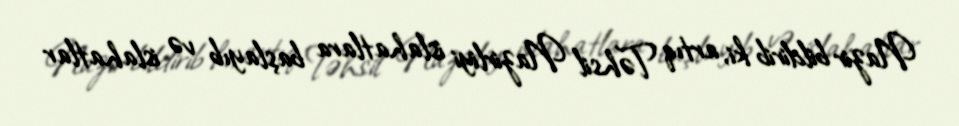
Nazir bildirib ki, artıq Təhsil Nazirliyi islahatlara başlayıb və islahatlar